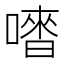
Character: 𠽳